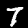
Label: 7